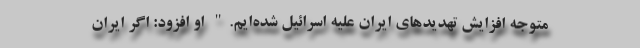
متوجه افزایش تهدیدهای ایران علیه اسرائیل شده‌ایم." او افزود: اگر ایران